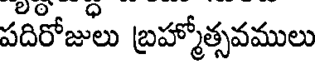
పదిరోజులు బ్రహ్మోత్సవములు